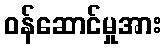
ဝန်ဆောင်မှုအား